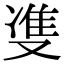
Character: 㕠